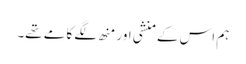
ہم اس کے منشی اور منھ لگے کامے تھے۔